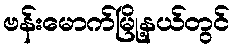
ဗန်းမောက်မြို့နယ်တွင်